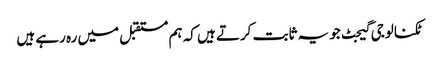
ٹکنالوجی گیجٹ جو یہ ثابت کرتے ہیں کہ ہم مستقبل میں رہ رہے ہیں